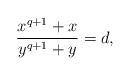
\begin{align*}\frac{x^{q+1} + x}{y^{q+1} + y} = d,\end{align*}